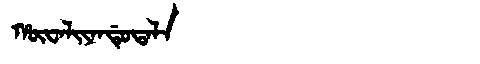
Manchu: ᡥᡡᠸᠠᠯᡳᠶᠠᠨᡩᡠᡨᠠᠯᠠ
Romanization: HŪWALIYANDUTALA